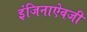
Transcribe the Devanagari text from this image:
इंजिनाऐवजी